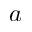
a